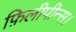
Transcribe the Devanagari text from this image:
फ़िलीपीन्स।